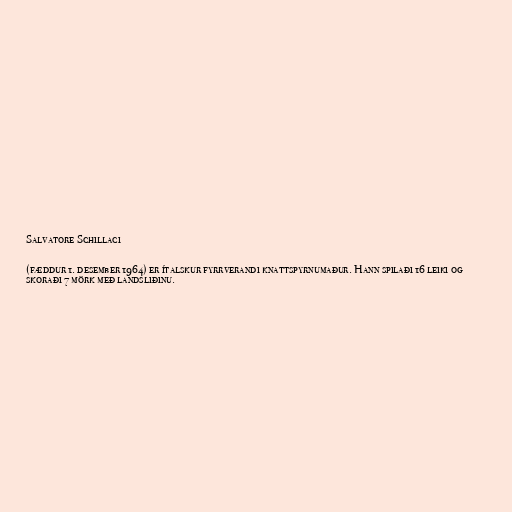
Salvatore Schillaci

(fæddur 1. desember 1964) er ítalskur fyrrverandi knattspyrnumaður. Hann spilaði 16 leiki og
skoraði 7 mörk með landsliðinu.